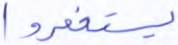
يستغفروا